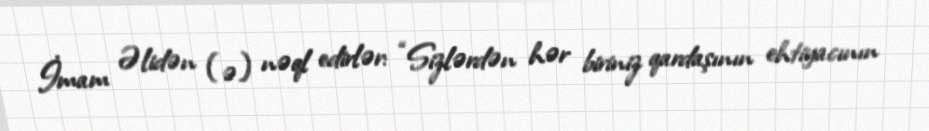
İmam Əlidən (ə) nəql edirlər: “Sizlərdən hər biriniz qardaşının ehtiyacının